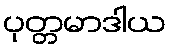
ပုတ္တမာဒါယ